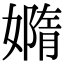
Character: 嫷